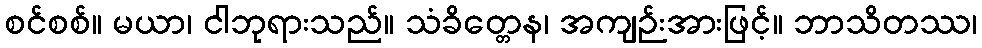
စင်စစ်။ မယာ၊ ငါဘုရားသည်။ သံခိတ္တေန၊ အကျဉ်းအားဖြင့်။ ဘာသိတဿ၊